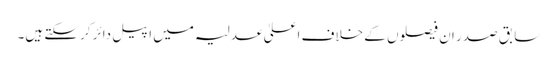
سابق صدر ان فیصلوں کے خلاف اعلیٰ عدلیہ میں اپیل دائر کرسکتے ہیں۔